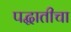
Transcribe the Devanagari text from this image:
पद्धातीचा